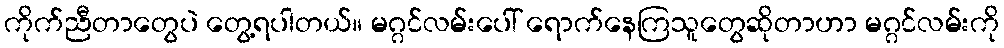
ကိုက်ညီတာတွေပဲ တွေ့ရပါတယ်။ မဂ္ဂင်လမ်းပေါ် ရောက်နေကြသူတွေဆိုတာဟာ မဂ္ဂင်လမ်းကို